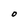
Character: O